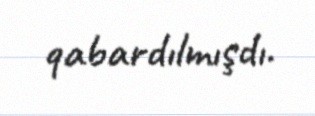
qabardılmışdı.